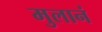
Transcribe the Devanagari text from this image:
मुलानं